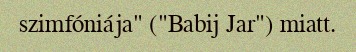
szimfóniája" ("Babij Jar") miatt.